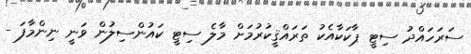
ސަރަހައްދު ސިޓީ ޕާކަކާއެކު ތަރައްޤީކުރުމަށް މާލެ ސިޓީ ކައުންސިލުން ވަނީ ނިންމާފަ -